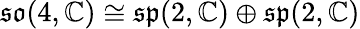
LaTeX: {\mathfrak{so}}(4,\mathbb{C})\cong{\mathfrak{sp}}(2,\mathbb{C})\oplus{\mathfrak{sp}}(2,\mathbb{C})